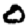
Digit: 0